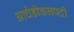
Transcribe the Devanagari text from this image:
आर्चडीकनपदी